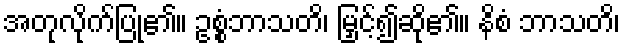
အတုလိုက်ပြု၏။ ဥစ္စံဘာသတိ၊ မြှင့်၍ဆို၏။ နိစံ ဘာသတိ၊